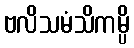
ဗလိသမံသိကမ္ပိ